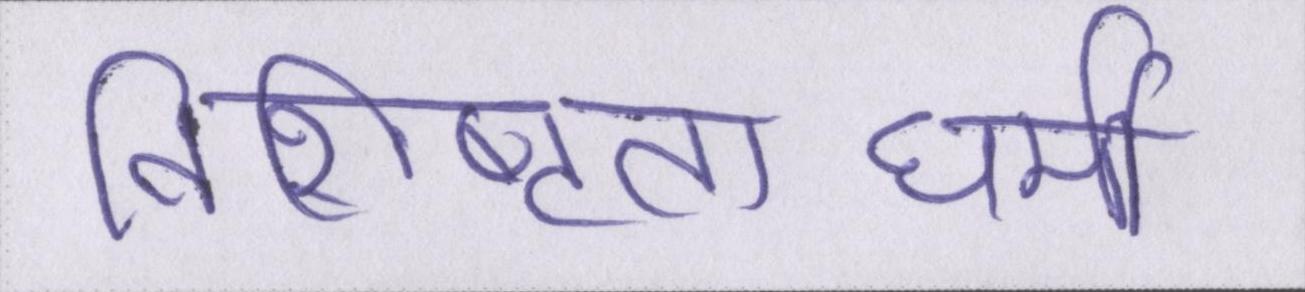
विशिष्टताधर्मी